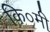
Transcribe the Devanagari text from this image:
कि०मी